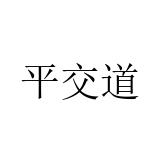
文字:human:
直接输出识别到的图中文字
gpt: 平交道